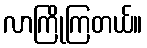
လာကြိုကြတယ်။